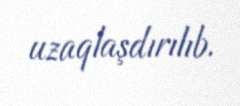
uzaqlaşdırılıb.